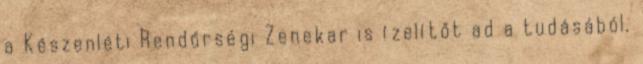
a Készenléti Rendőrségi Zenekar is ízelítőt ad a tudásából.